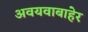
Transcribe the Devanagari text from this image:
अवयवाबाहेर